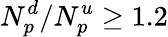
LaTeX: N_{p}^{d}/N_{p}^{u}\geq 1.2